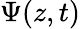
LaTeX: \Psi(z,t)